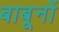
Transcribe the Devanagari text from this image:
बाबूनों